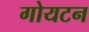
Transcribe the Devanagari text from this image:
गोयटन